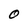
Character: O